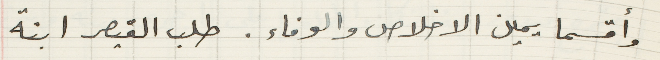
وأقسما يمين الاخلاص والوفاء. طلب القيصر ابنة